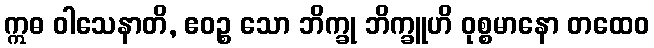
ဣဓ ဝါသေနာတိ, ဧဝဉ္စ သော ဘိက္ခု ဘိက္ခူဟိ ဝုစ္စမာနော တထေဝ